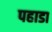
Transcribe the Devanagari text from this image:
पहाडा